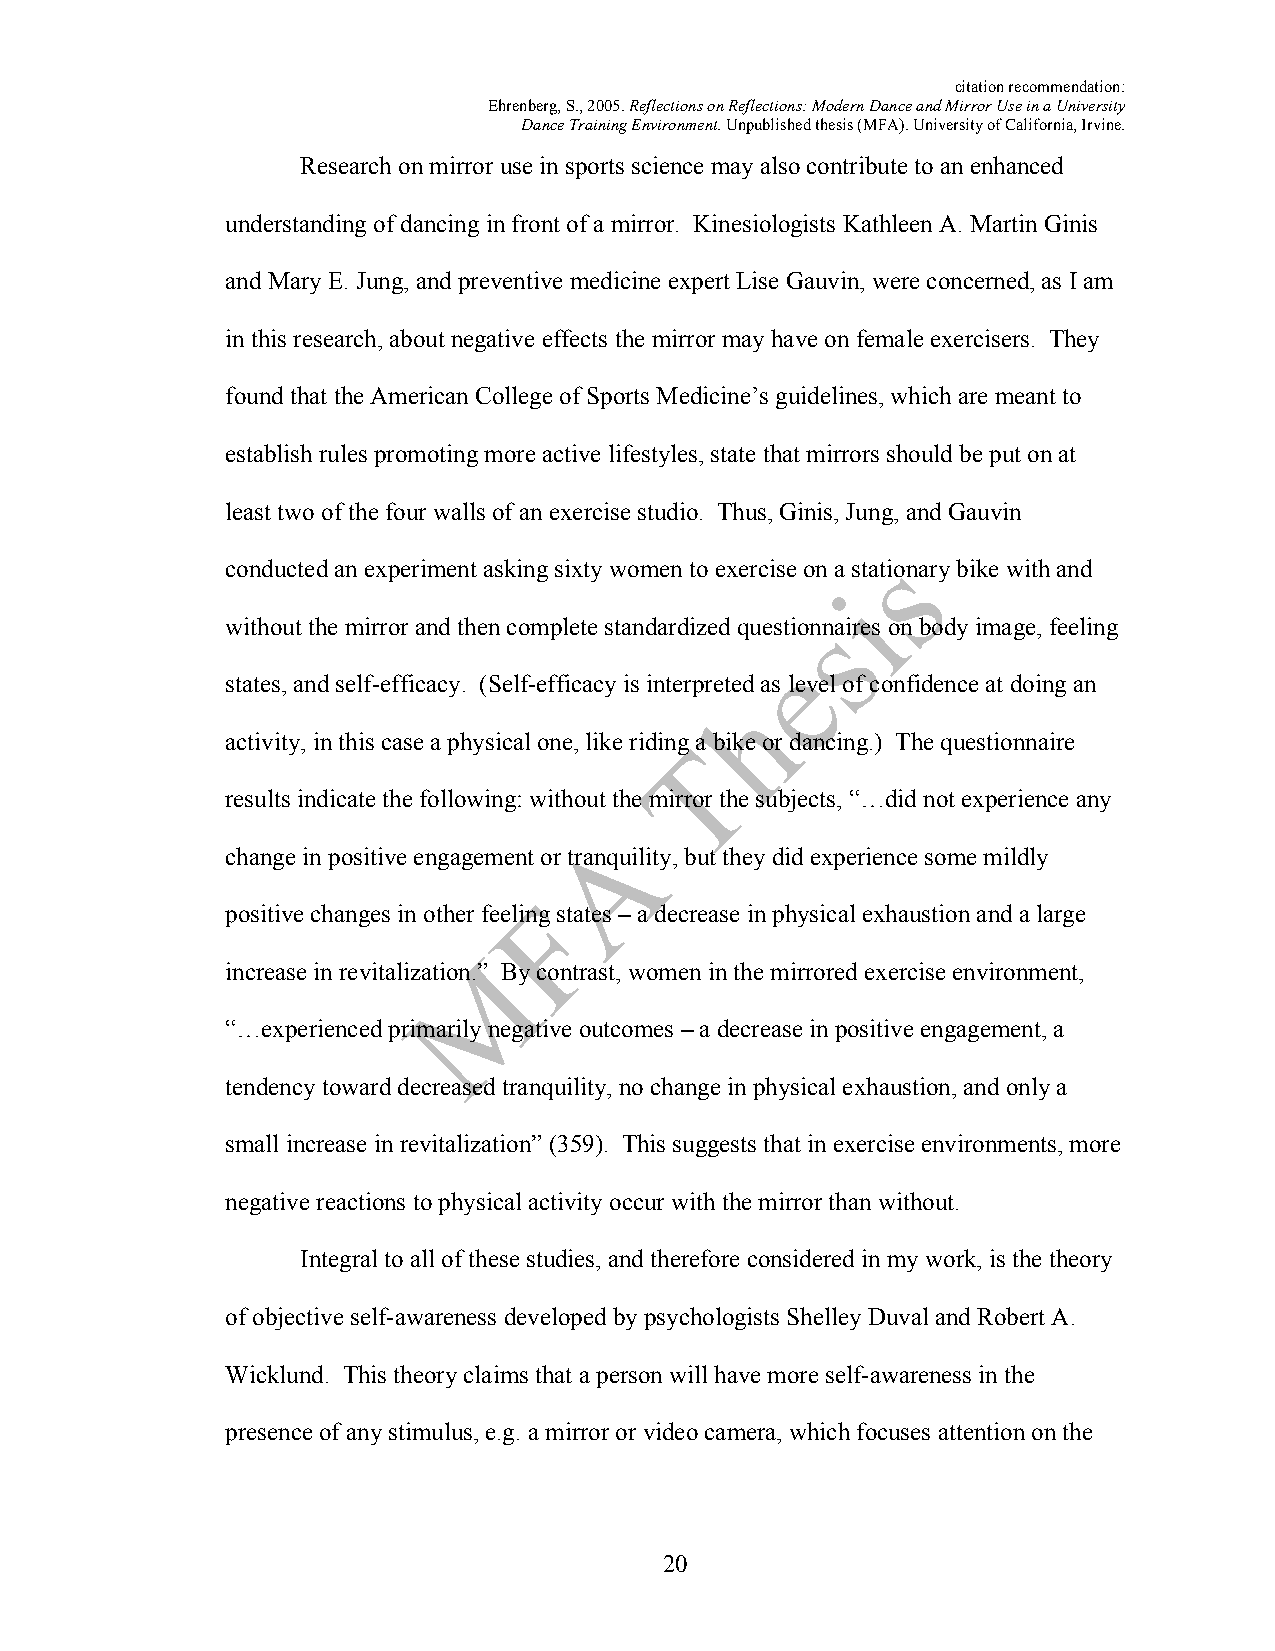
citation recommendation:
 Ehrenberg, S., 2005. Reflections on Reflections: Modern Dance and Mirror Use in a University
 Dance Training Environment. Unpublished thesis (MFA). University of California, Irvine.
 Research on mirror use in sports science may also contribute to an enhanced
 understanding of dancing in front of a mirror. Kinesiologists Kathleen A. Martin Ginis
 and Mary E. Jung, and preventive medicine expert Lise Gauvin, were concerned, as I am
 in this research, about negative effects the mirror may have on female exercisers. They
 found that the American College of Sports Medicine’s guidelines, which are meant to
 establish rules promoting more active lifestyles, state that mirrors should be put on at
 least two of the four walls of an exercise studio. Thus, Ginis, Jung, and Gauvin
 conducted an experiment asking sixty women to exercise on a stationary bike with and
 without the mirror and then complete standardized questionnaires on body image, feeling
 states, and self-efficacy. (Self-efficacy is interpreted as level of confidence at doing an
 activity, in this case a physical one, like riding a bike or dancing.) The questionnaire
 results indicate the following: without the mirror the subjects, “…did not experience any
 change in positive engagement or tranquility, but they did experience some mildly
 positive changes in other feeling states – a decrease in physical exhaustion and a large
 increase in revitalization.” By contrast, women in the mirrored exercise environment,
 “…experienced primarily negative outcomes – a decrease in positive engagement, a
 tendency toward decreased tranquility, no change in physical exhaustion, and only a
 small increase in revitalization” (359). This suggests that in exercise environments, more
 negative reactions to physical activity occur with the mirror than without.
 Integral to all of these studies, and therefore considered in my work, is the theory
 of objective self-awareness developed by psychologists Shelley Duval and Robert A.
 Wicklund. This theory claims that a person will have more self-awareness in the
 presence of any stimulus, e.g. a mirror or video camera, which focuses attention on the
 20